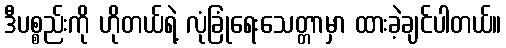
ဒီပစ္စည်းကို ဟိုတယ်ရဲ့ လုံခြုံရေးသေတ္တာမှာ ထားခဲ့ချင်ပါတယ်။